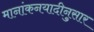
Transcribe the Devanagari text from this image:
मानांकनयादीनुसार